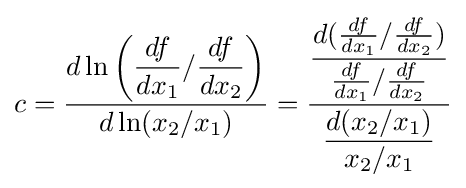
c={\frac {d\ln \left(\displaystyle {\frac {df}{dx_{1}}}/\displaystyle {\frac {df}{dx_{2}}}\right)}{d\ln(x_{2}/x_{1})}}={\frac {\displaystyle {\frac {d({\frac {df}{dx_{1}}}/{\frac {df}{dx_{2}}})}{{\frac {df}{dx_{1}}}/{\frac {df}{dx_{2}}}}}}{\displaystyle {\frac {d(x_{2}/x_{1})}{x_{2}/x_{1}}}}}